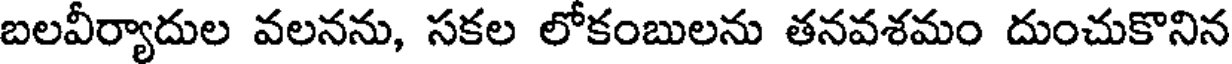
బలవీర్యాదుల వలనను, సకల లోకంబులను తనవశమం దుంచుకొనిన